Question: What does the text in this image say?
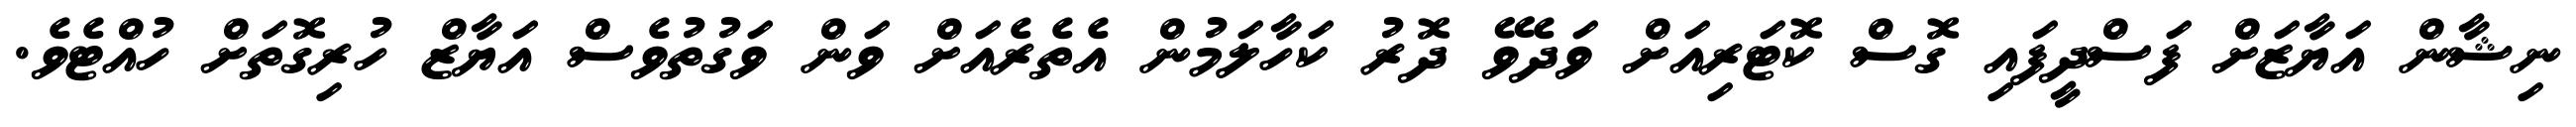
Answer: ނިޝާން އަޔާޒަށް ފަސްދީފައި ގޮސް ކޮޓަރިއަށް ވަދެވޭ ދޮރު ކަހާލަމުން އެތެރެއަށް ވަން ވަގުތުވެސް އަޔާޒް ހުރިގޮތަށް ހުއްޓެވެ.